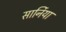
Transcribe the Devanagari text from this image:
सार्निया